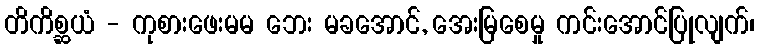
တိကိစ္ဆယံ - ကုစားဖေးမမ ဘေး မခအောင်, အေးမြစေမှု ကင်းအောင်ပြုလျက်၊